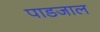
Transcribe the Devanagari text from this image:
पाडजाल